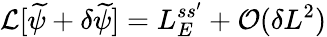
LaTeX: \mathcal{L}[\widetilde\psi+\delta\widetilde\psi]=L_{E}^{ss^{\prime}}+\mathcal{O}(\delta L^{2})